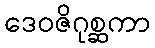
ဒေဝဇိဂုစ္ဆကာ